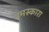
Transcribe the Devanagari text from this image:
नमस्कारा